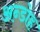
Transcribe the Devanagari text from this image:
अन्डोह